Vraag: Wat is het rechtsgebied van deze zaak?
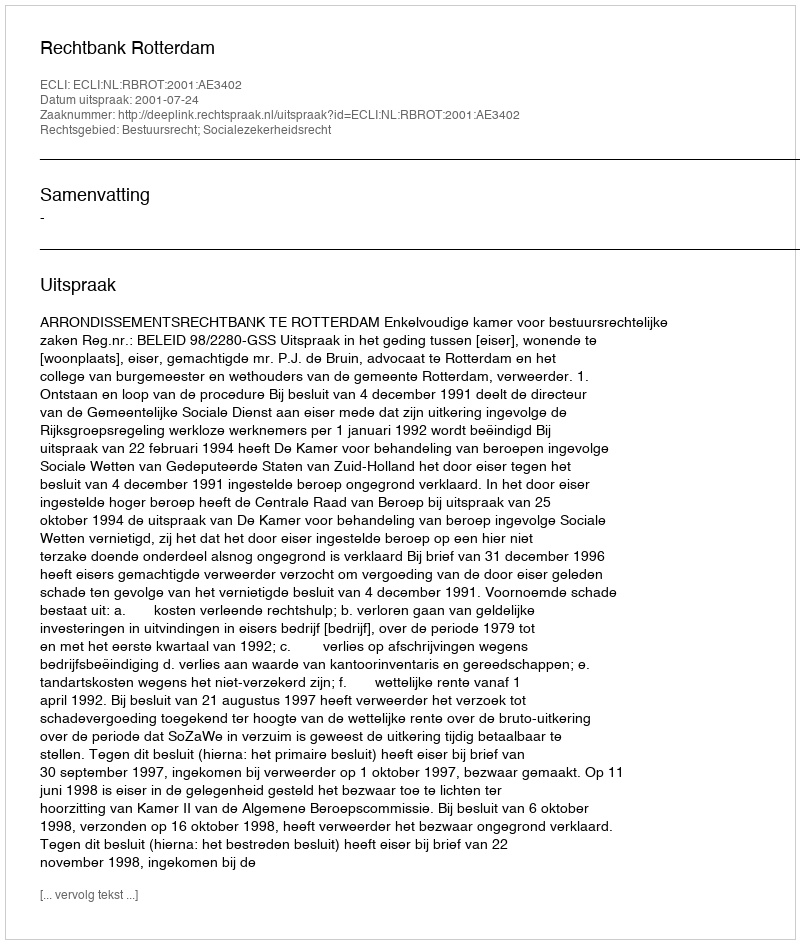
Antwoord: Bestuursrecht; Socialezekerheidsrecht